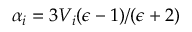
\alpha _ { i } = 3 V _ { i } ( \epsilon - 1 ) / ( \epsilon + 2 )